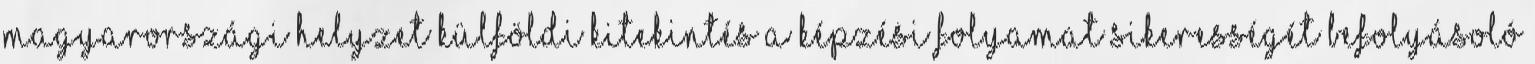
magyarországi helyzet külföldi kitekintés a képzési folyamat sikerességét befolyásoló